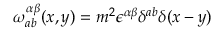
\omega _ { a b } ^ { \alpha \beta } ( x , y ) = m ^ { 2 } \epsilon ^ { \alpha \beta } \delta ^ { a b } \delta ( x - y )